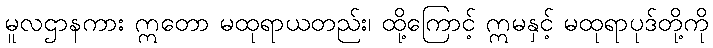
မူလဌာနကား ဣတော မထုရာယတည်း၊ ထို့ကြောင့် ဣမနှင့် မထုရာပုဒ်တို့ကို